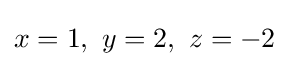
x=1,\ y=2,\ z=-2